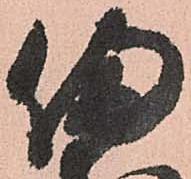
備